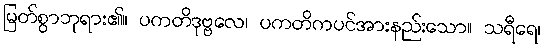
မြတ်စွာဘုရား၏။ ပကတိဒုဗ္ဗလေ၊ ပကတိကပင်အားနည်းသော။ သရီရေ၊